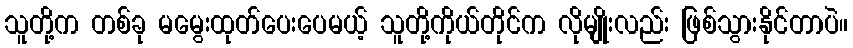
သူတို့က တစ်ခု မမွေးထုတ်ပေးပေမယ့် သူတို့ကိုယ်တိုင်က လိုမျိုးလည်း ဖြစ်သွားနိုင်တာပဲ။